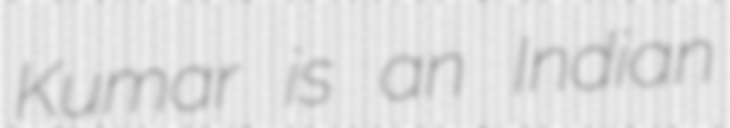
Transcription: Kumar is an Indian